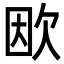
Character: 欭